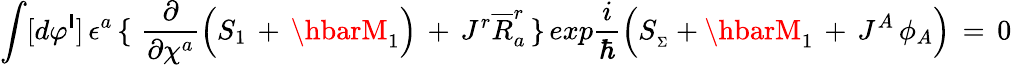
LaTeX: \int[d\varphi^{\mathsf{I}}]\, \epsilon^{a}\, \lbrace\, \, {\frac{{\partial}}{{\partial\chi^{a}}}}\Big(S_{1}\, +\, \hbarM_{1}\Big)\, +\, J^{r}{\overline{{{R}}}}_{a}^{r}\, \rbrace\, exp{\frac{{i}}{{\hbar}}}\Big(S_{_\Sigma}+\hbarM_{1}\, +\, J^{A}\, \phi_{A}\Big)\, =\, 0